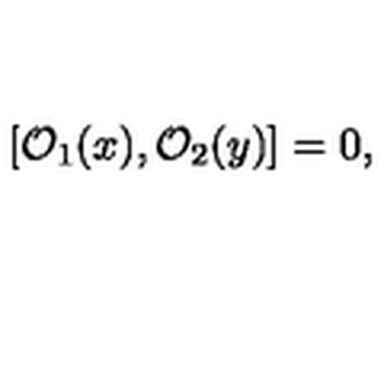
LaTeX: [ \mathcal { O } _ { 1 } ( { x } ) , \mathcal { O } _ { 2 } ( { y } ) ] = 0 ,